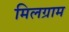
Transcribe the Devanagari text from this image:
मिलग्राम